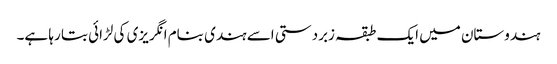
ہندوستان میں ایک طبقہ زبردستی اسے ہندی بنام انگریزی کی لڑائی بتا رہا ہے۔